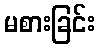
မစားခြင်း